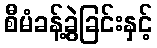
စီမံခန့်ခွဲခြင်းနှင့်